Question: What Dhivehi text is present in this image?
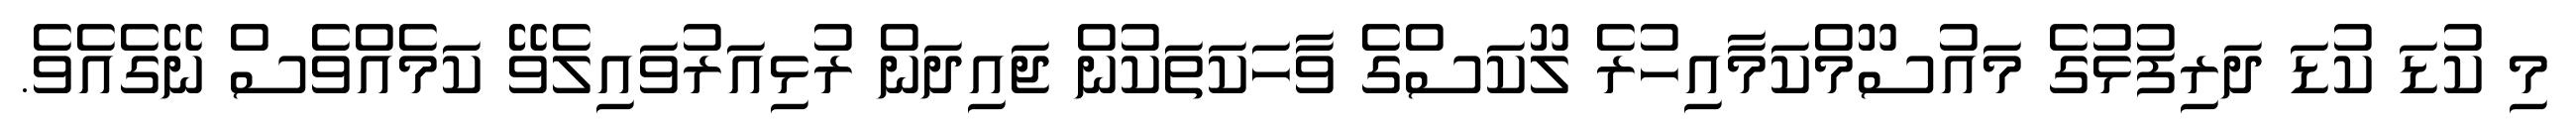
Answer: މި ކުޑަ ކުޑަ ދަރިފުޅުގެ މައުސޫމްކަމާއިހުރެ ލޫކަސްގެ ވާހަކަތަކުން ޖައިދަން ރުޅިއަރުވައިލެވޭ ކަމެއްވެސް ނޭގެއެވެ.